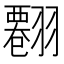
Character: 𦒘